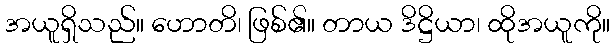
အယူရှိသည်။ ဟောတိ၊ ဖြစ်၏။ တာယ ဒိဋ္ဌိယာ၊ ထိုအယူကို။